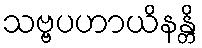
သဗ္ဗပဟာယိနန္တိ